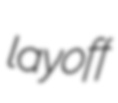
layoff